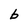
Character: b